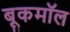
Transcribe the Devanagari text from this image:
बूकमॉल